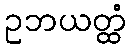
ဥဘယတ္ထံ